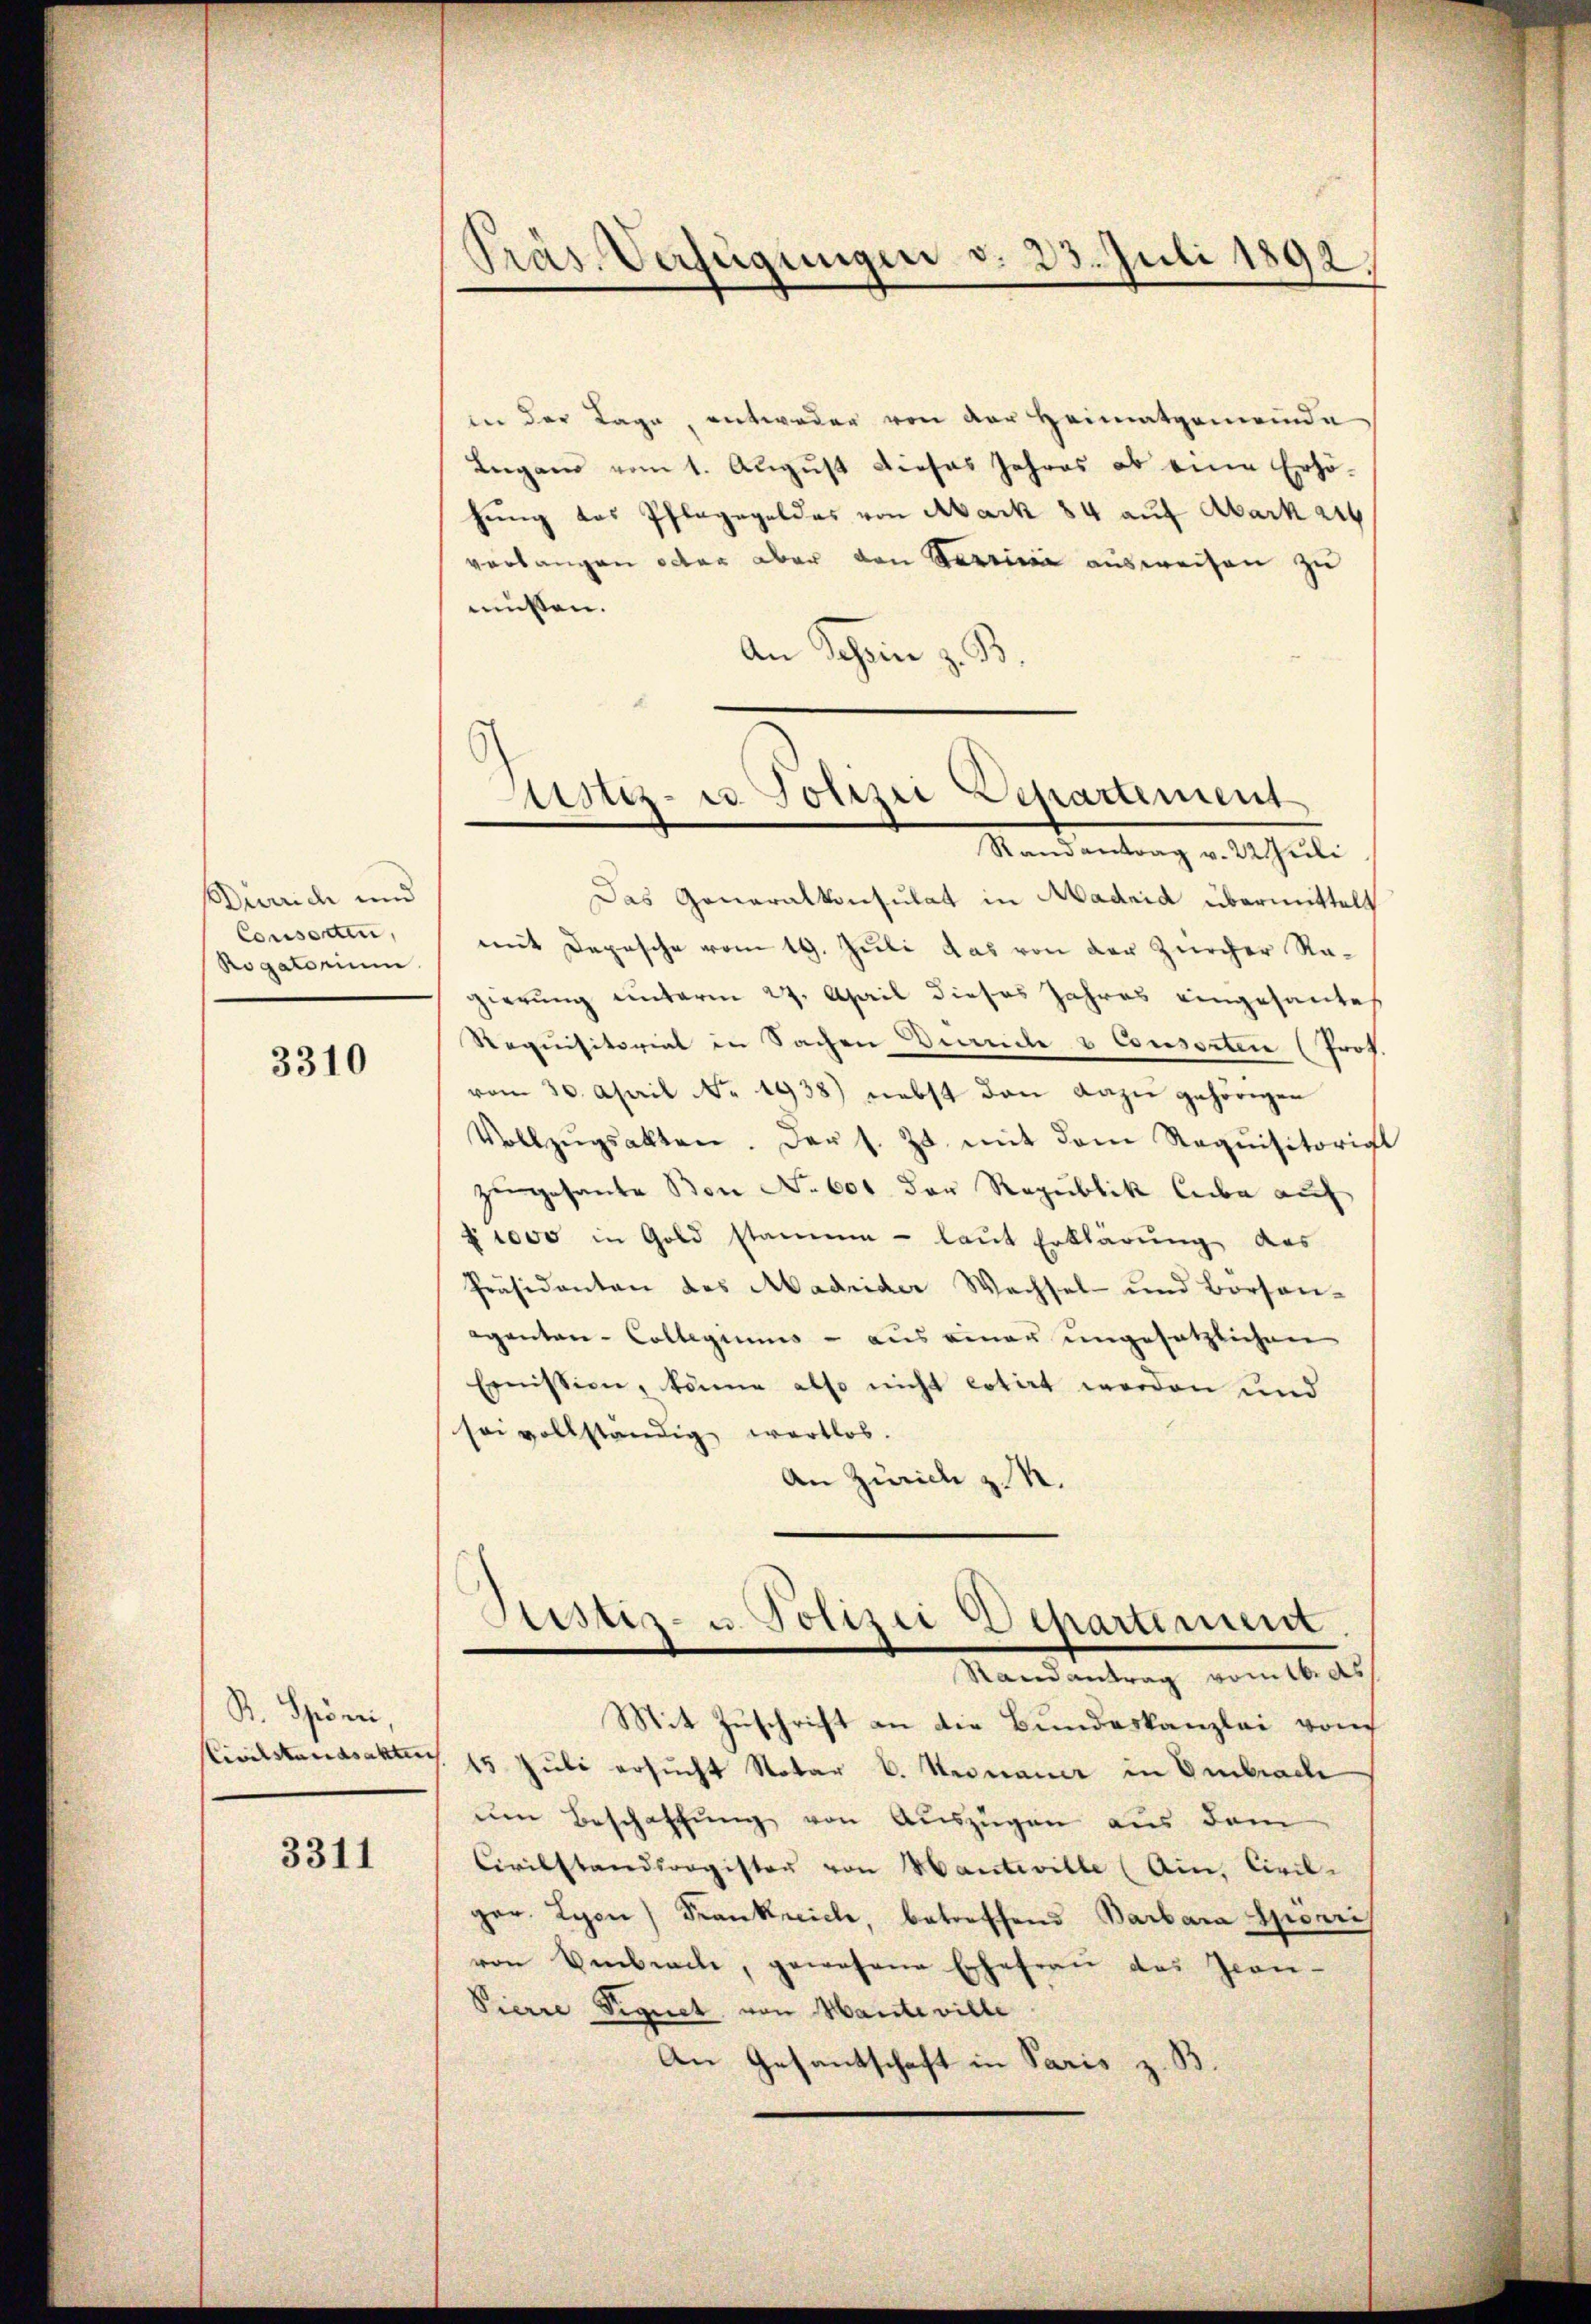
Durrich und
Conserten,
Rogatorium

3310

S. Spörri,
Civilstandsakten

3311

Präs. Verfügungen v. 23. Juli 1892.

ier der Lage, entweder von der Heimatgemeinde
Leegann vom 1. August dieses Jahres ob eine Erhö-
hung des Pflagegel das von Aark 84 auf Abarkeit
verlangen octer aber den Bericii ausweisen zu
müssen.
An Schein z. B.
Randantrag v. 22 Juli
Das Generalkonsulat in Madrid übermittelt
mit Depesche vom 19. Juli das von der Zürcher Nagierung unterm 29. April dieses Jahres eingesantes
Requisitoriat in Sachen Beandle u Consorten (Prof.
vom 30. April No. 1938) nebst den dazu gehörigen
Vollzŭgsakten. Der s. Z. mit dem Requisitorist
zugesante Bon No 601 der Republik liebe auf
§ 1000 in Gold stammen - laut Erklärung des
Präsidenten des Madrider Wechsel- und Borson-
aganten-Collegiums – aus einer ungesetzlichen
Emnission, könne also nicht cotirt worden und
sei vollständig wertlos.
An Zürich z. R.
Sistiz- u. Polizei Departement
Randantrag vomtb. ds
Mit Zuschrift an die Bundeskanzlei von
 15 Juli ersucht Notar C. Kronauer in Embrache
ŭm Beschaffŭng von Auszügen aus dem
Civilstandsregister von Manteville (Ain, Civil-
gar. Lyon Frankreiche, betreffend Barbara Spörri
von Embrache, gewesene Ehefrau das Jean-
Pierre Vignet, von Mante ville
An Gesantschaft in Paris z. B.

ustiz- u Polizei Departement